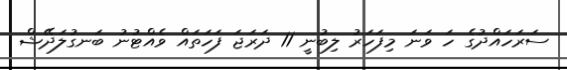
ސަރަހައްދުގެ ހަ ވަނަ މިފަހަރު ލިބުނީ 11 ދަރަޖަ ފަހަތައް ވެއްޓުނު ބަނގުލަދޭޝް